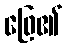
ဖြေ၏